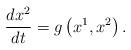
LaTeX: \begin{align*}\frac{dx^{2}}{dt}=g\left( x^{1},x^{2}\right) {.} \end{align*}